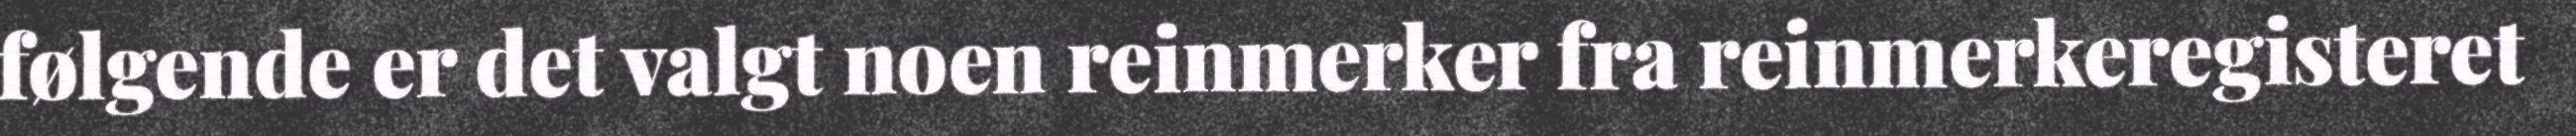
følgende er det valgt noen reinmerker fra reinmerkeregisteret